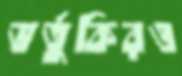
ভর্তুকিরও